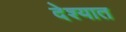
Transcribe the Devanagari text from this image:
देश्यात